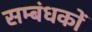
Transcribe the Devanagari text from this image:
सम्बंधकों